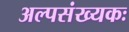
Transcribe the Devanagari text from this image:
अल्पसंख्यकः